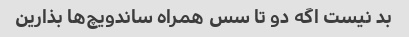
بد نیست اگه دو تا سس همراه ساندویچ‌ها بذارین